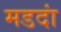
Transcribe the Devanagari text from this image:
मडदां